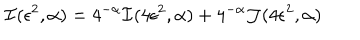
{ \cal I } ( \epsilon ^ { 2 } , \alpha ) = 4 ^ { - \alpha } { \cal I } ( 4 \epsilon ^ { 2 } , \alpha ) + 4 ^ { - \alpha } { \cal J } ( 4 \epsilon ^ { 2 } , \alpha )